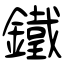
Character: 鐵